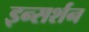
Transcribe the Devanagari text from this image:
इन्सर्शन